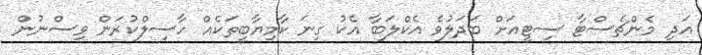
އަދި މެންޗެސްޓާ ސިޓީއަށް ބަދަލުވެ އެކްލަބާ އެކު ގިނަ ކާމިޔާބީތަކެއް ހާސިލްކުރަން ވިސްނުން